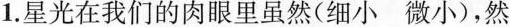
1.星光在我们的肉眼里虽然(细小微小)，然